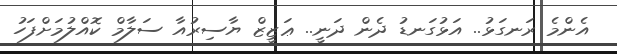
އެންމެ ރަނގަޅު.. އަޅުގަނޑު ދެން ދަނީ.. ޢަޒީޒް ޔާސިރުއާ ސަލާމް ކޮއްލުމަށްފަހު